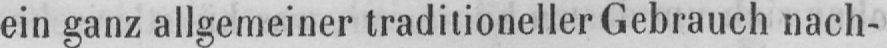
ein ganz allgemeiner traditioneller Gebrauch nach-